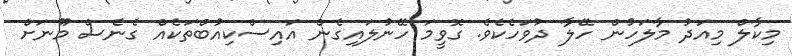
މިކާލް މިއަދު މާލަހުން ހޭލާ ދުވަހެކެވެ. ގޮވީމަ ހޭނުލައިގެން އައިސްކިއުބްތަކެއް ގެނެސް މޫނަށް